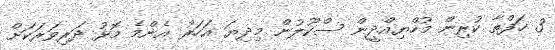
3 ހަފްތާ ކުރިން މުހްޔިއްދީން ސްކޫލުން މިދިޔަ އަހަރު އެންމެ މޮޅު ދަރިވަރަކަށް